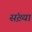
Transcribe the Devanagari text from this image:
संख़्या